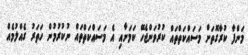
މަންފާ ކުރާގޮތަށް މަސައްކަތްތައް ކުރުވަންޖެހޭ ކަމަށާއި އެ މަސައްކަތްތައް ނުކުރުމުން ހަތަރު ގެއްލުމެއް